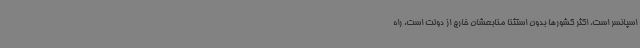
اسپانسر است، اکثر کشورها بدون استثنا منابعشان خارج از دولت است. راه